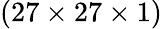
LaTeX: (27\times 27\times 1)